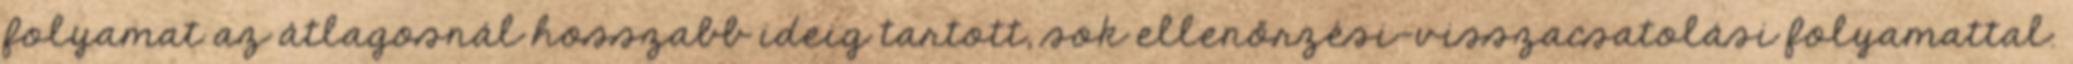
folyamat az átlagosnál hosszabb ideig tartott, sok ellenőrzési-visszacsatolási folyamattal.